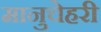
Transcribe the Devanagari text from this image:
मानुचेहरी